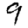
Digit: 9